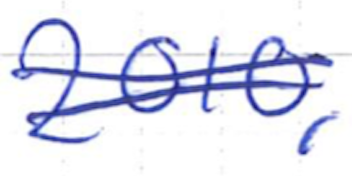
Text: 2010,
Cross-out: double-line
Writing tool: ballpoint